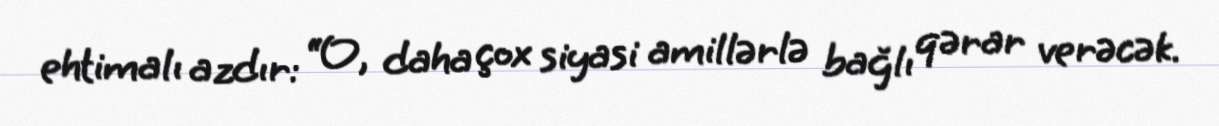
ehtimalı azdır: “O, daha çox siyasi amillərlə bağlı qərar verəcək.